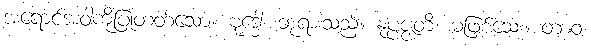
အရောင်အဝါကိုပြုတတ်သော။ ဗုဒ္ဓေါ၊ ဘုရားသည်။ နုပ္ပဇ္ဇတိ၊ မဖြစ်သေး။ တာဝ၊